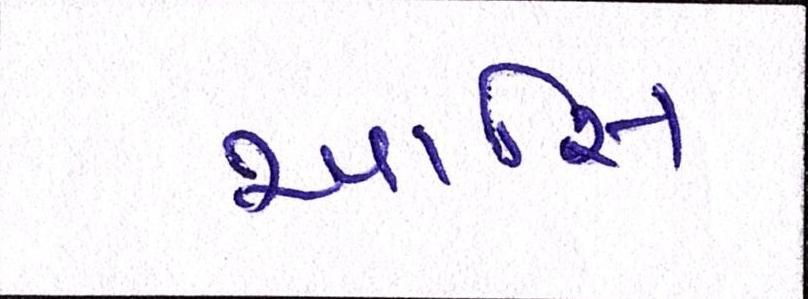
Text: આસિ